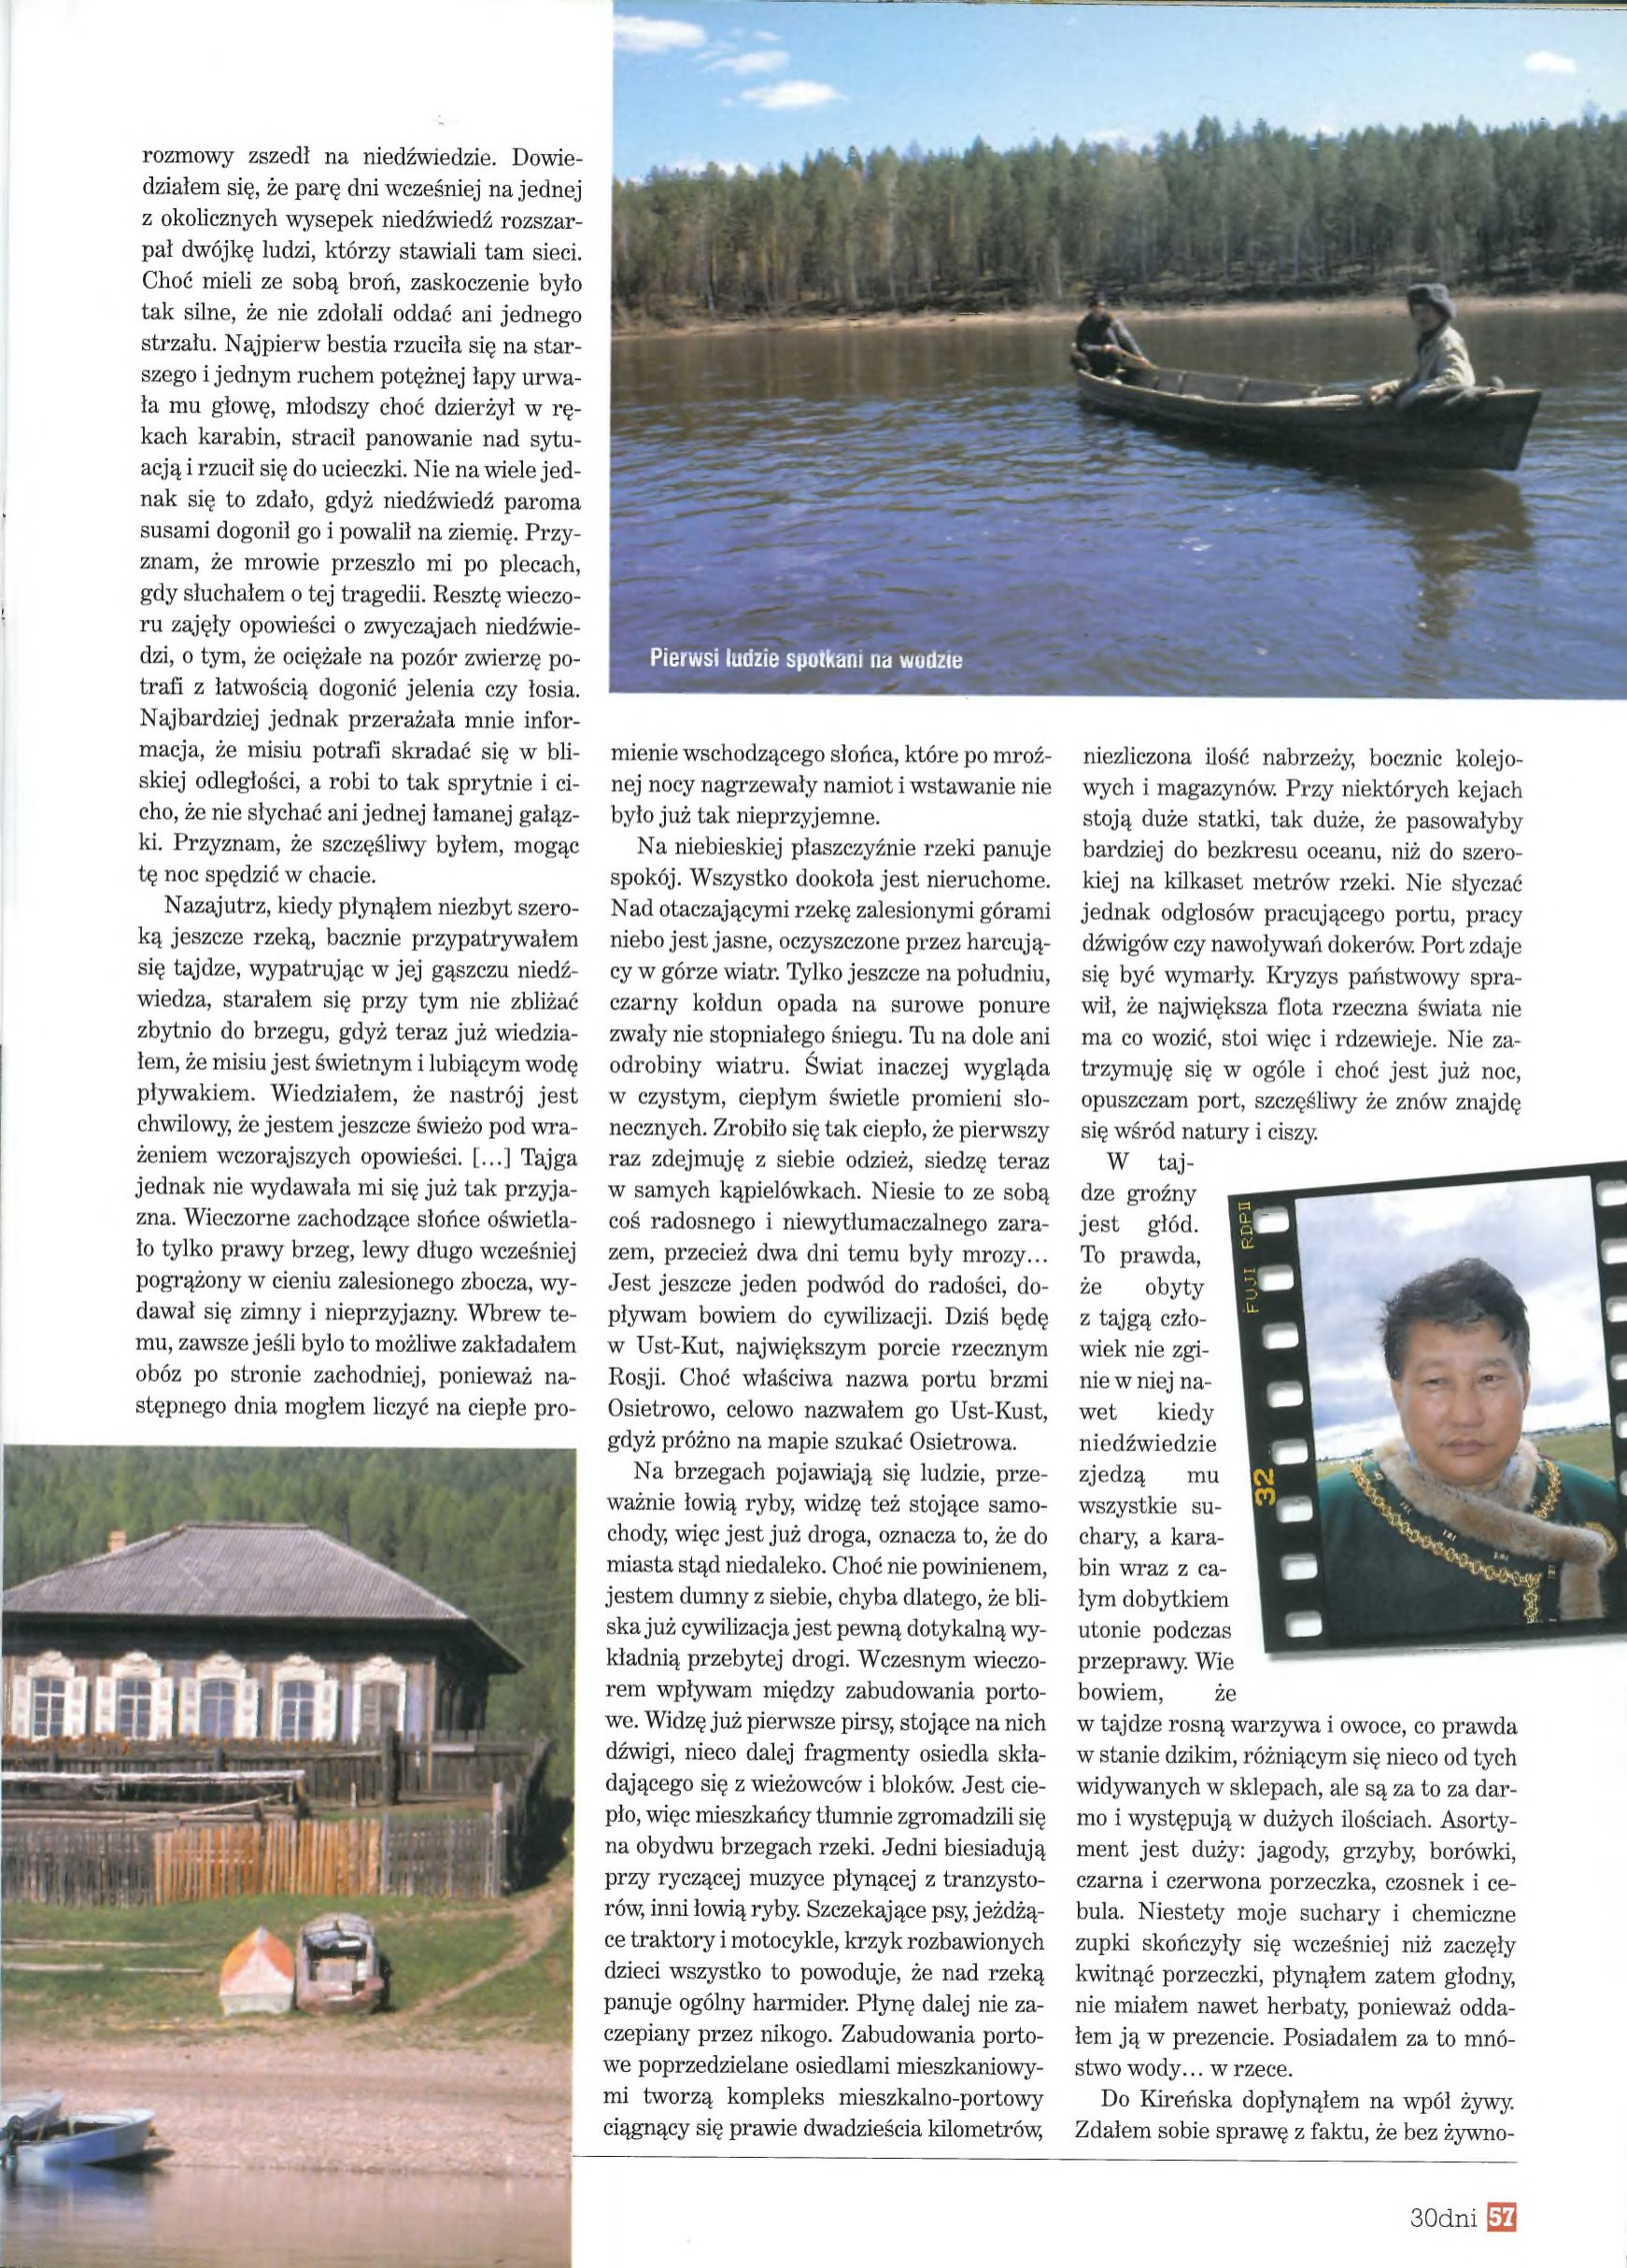
Language: pl